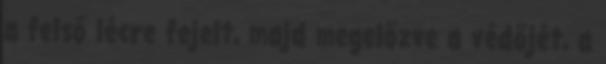
a felső lécre fejelt, majd megelőzve a védőjét, a